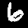
Label: 6